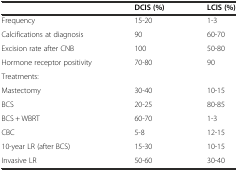
<table><thead><tr><td></td><td><b>DCIS (%)</b></td><td><b>LCIS (%)</b></td></tr></thead><tbody><tr><td>Frequency</td><td>15-20</td><td>1-3</td></tr><tr><td>Calcifications at diagnosis</td><td>90</td><td>60-70</td></tr><tr><td>Excision rate after CNB</td><td>100</td><td>50-80</td></tr><tr><td>Hormone receptor positivity</td><td>70-80</td><td>90</td></tr><tr><td>Treatments:</td><td></td><td></td></tr><tr><td>Mastectomy</td><td>30-40</td><td>10-15</td></tr><tr><td>BCS</td><td>20-25</td><td>80-85</td></tr><tr><td>BCS + WBRT</td><td>60-70</td><td>1-3</td></tr><tr><td>CBC</td><td>5-8</td><td>12-15</td></tr><tr><td>10-year LR (after BCS)</td><td>15-30</td><td>10-15</td></tr><tr><td>Invasive LR</td><td>50-60</td><td>30-40</td></tr></tbody></table>